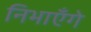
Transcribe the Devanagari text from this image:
निभाएँगे